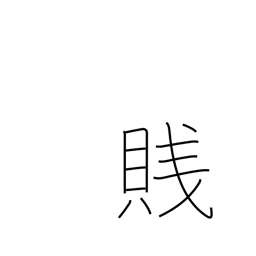
Meaning: despise